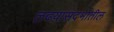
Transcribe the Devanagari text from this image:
लढय़ासंदर्भातील